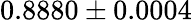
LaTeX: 0.8880\pm 0.0004